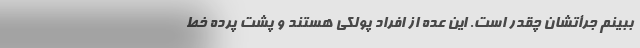
ببینم جرأتشان چقدر است. این عده از افراد پولکی هستند و پشت پرده خط